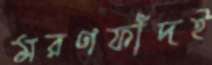
মরণফাঁদই